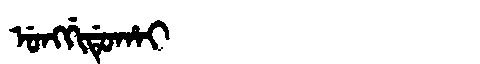
Manchu: ᡠᠩᡤᡳᡩᡠᡥᠠᡳ
Romanization: UNGGIDUHAI